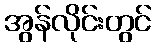
အွန်လိုင်းတွင်